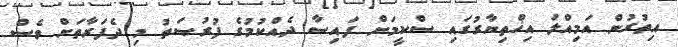
އިތުރުން އަމިއްލަ އިޚްތިޔާރުގައި ސްކީމަށް ފައިސާ ދެއްކުމުގެ ފުރުޞަތު މި ދެފަރާތަށް ވެސް